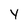
Character: Y